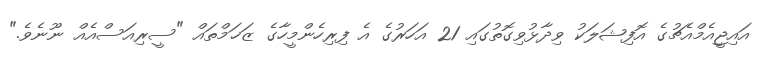
އައިޖީއެމްއެޗުގެ އޮފިޝަލަކު ވިދާޅުވިގޮތުގައި 21 އަހަރުގެ އެ ފިރިހެންމީހާގެ ޒަޚަމްތައް "ސީރިއަސްއެއް ނޫނެވެ."